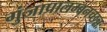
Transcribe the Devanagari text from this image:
गुंजाप्रालम्बनच्छन्नः